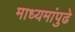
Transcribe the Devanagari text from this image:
माध्यमांपुढे